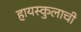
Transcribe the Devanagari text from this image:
हायस्कुलाची